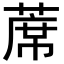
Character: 蓆